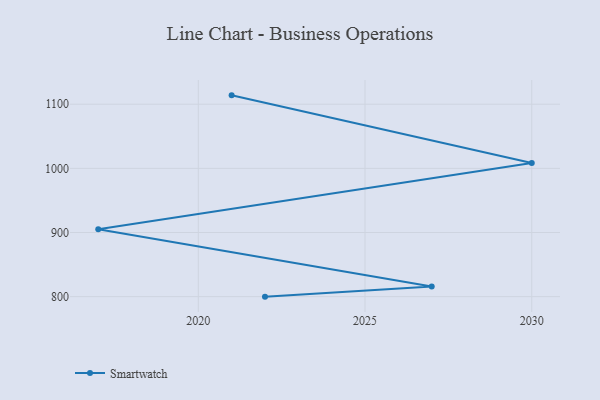
{"axis": {"x": "Year", "y": "Temperature (°C)"}, "legend": ["Smartwatch"], "data": [{"x": "2021", "y": 1113.8, "type": "Smartwatch"}, {"x": "2030", "y": 1008.4, "type": "Smartwatch"}, {"x": "2017", "y": 905.2, "type": "Smartwatch"}, {"x": "2027", "y": 816.0, "type": "Smartwatch"}, {"x": "2022", "y": 800, "type": "Smartwatch"}]}